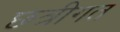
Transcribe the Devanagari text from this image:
छत्रीगत